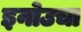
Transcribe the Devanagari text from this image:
इनोउचा